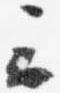
云